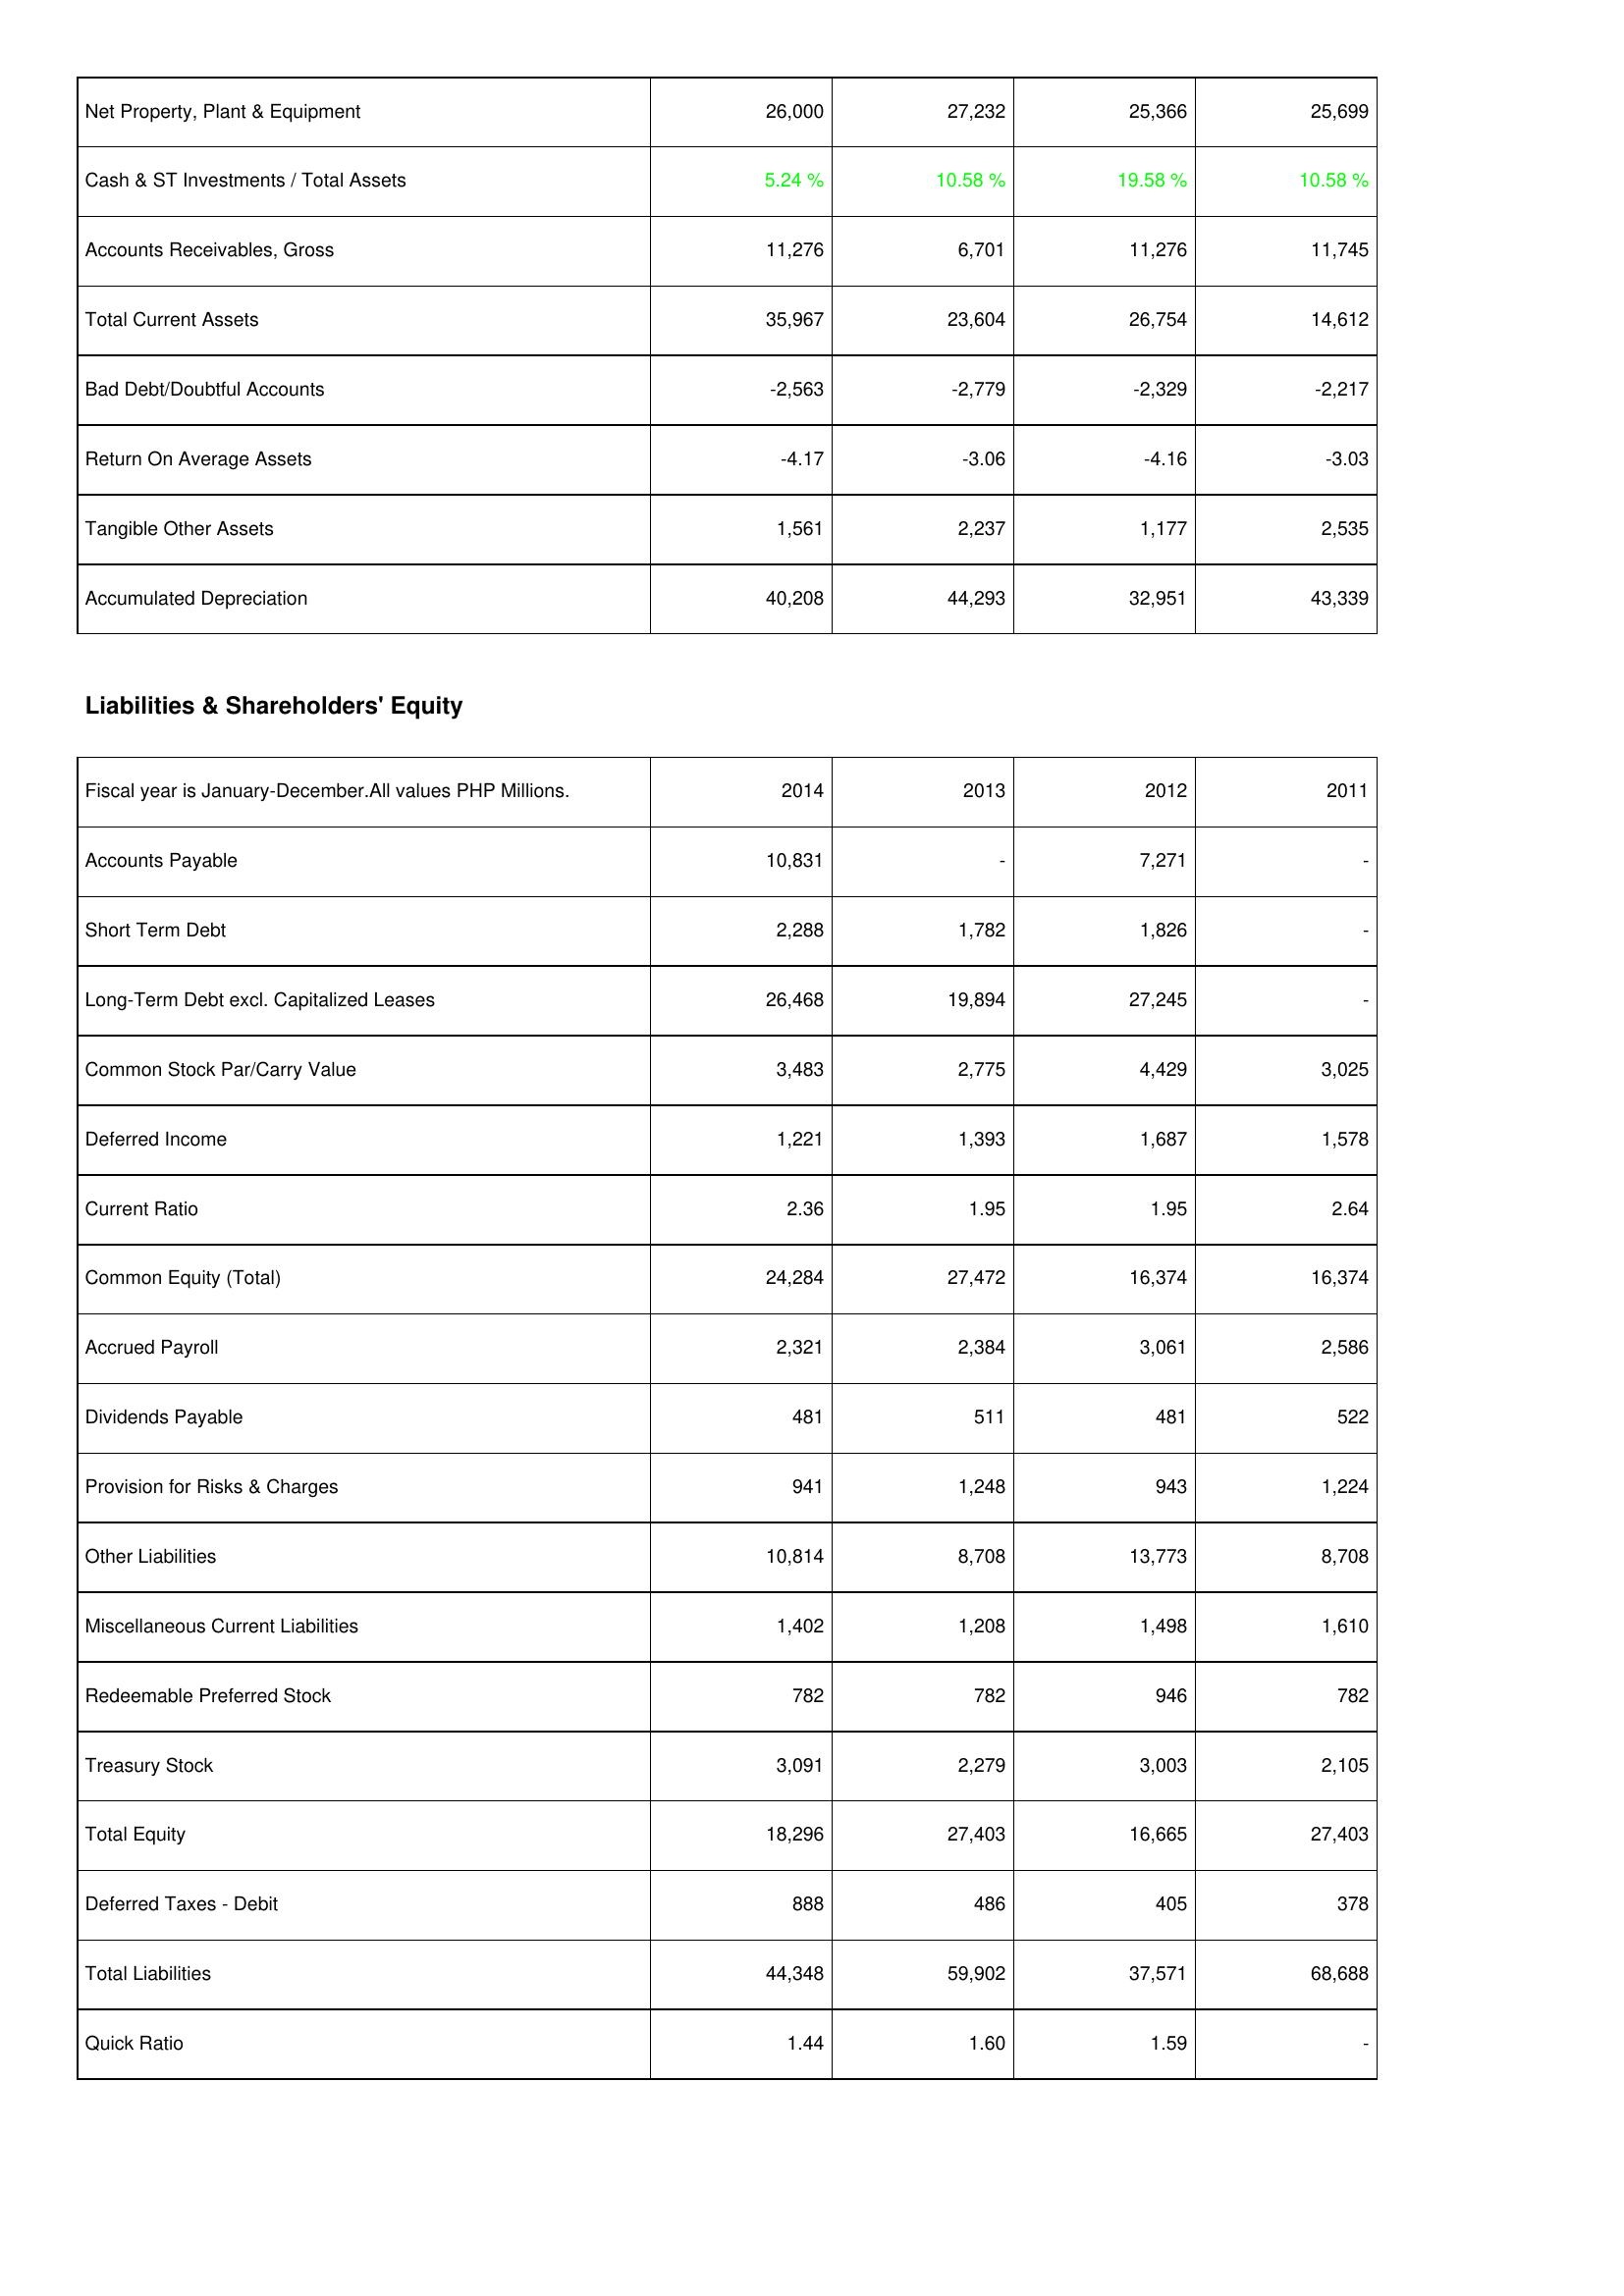
2014: Assets: Net Property, Plant & Equipment: 26,000
Cash & ST Investments / Total Assets: 5.24 %
Accounts Receivables, Gross: 11,276
Total Current Assets: 35,967
Bad Debt/Doubtful Accounts: -2,563
Return On Average Assets: -4.17
Tangible Other Assets: 1,561
Accumulated Depreciation: 40,208
Liabilities & Shareholders' Equity: Accounts Payable: 10,831
Short Term Debt: 2,288
Long-Term Debt excl. Capitalized Leases: 26,468
Common Stock Par/Carry Value: 3,483
Deferred Income: 1,221
Current Ratio: 2.36
Common Equity (Total): 24,284
Accrued Payroll: 2,321
Dividends Payable: 481
Provision for Risks & Charges: 941
Other Liabilities: 10,814
Miscellaneous Current Liabilities: 1,402
Redeemable Preferred Stock: 782
Treasury Stock: 3,091
Total Equity: 18,296
Deferred Taxes - Debit: 888
Total Liabilities: 44,348
Quick Ratio: 1.44
2013: Assets: Net Property, Plant & Equipment: 27,232
Cash & ST Investments / Total Assets: 10.58 %
Accounts Receivables, Gross: 6,701
Total Current Assets: 23,604
Bad Debt/Doubtful Accounts: -2,779
Return On Average Assets: -3.06
Tangible Other Assets: 2,237
Accumulated Depreciation: 44,293
Liabilities & Shareholders' Equity: Accounts Payable: -
Short Term Debt: 1,782
Long-Term Debt excl. Capitalized Leases: 19,894
Common Stock Par/Carry Value: 2,775
Deferred Income: 1,393
Current Ratio: 1.95
Common Equity (Total): 27,472
Accrued Payroll: 2,384
Dividends Payable: 511
Provision for Risks & Charges: 1,248
Other Liabilities: 8,708
Miscellaneous Current Liabilities: 1,208
Redeemable Preferred Stock: 782
Treasury Stock: 2,279
Total Equity: 27,403
Deferred Taxes - Debit: 486
Total Liabilities: 59,902
Quick Ratio: 1.60
2012: Assets: Net Property, Plant & Equipment: 25,366
Cash & ST Investments / Total Assets: 19.58 %
Accounts Receivables, Gross: 11,276
Total Current Assets: 26,754
Bad Debt/Doubtful Accounts: -2,329
Return On Average Assets: -4.16
Tangible Other Assets: 1,177
Accumulated Depreciation: 32,951
Liabilities & Shareholders' Equity: Accounts Payable: 7,271
Short Term Debt: 1,826
Long-Term Debt excl. Capitalized Leases: 27,245
Common Stock Par/Carry Value: 4,429
Deferred Income: 1,687
Current Ratio: 1.95
Common Equity (Total): 16,374
Accrued Payroll: 3,061
Dividends Payable: 481
Provision for Risks & Charges: 943
Other Liabilities: 13,773
Miscellaneous Current Liabilities: 1,498
Redeemable Preferred Stock: 946
Treasury Stock: 3,003
Total Equity: 16,665
Deferred Taxes - Debit: 405
Total Liabilities: 37,571
Quick Ratio: 1.59
2011: Assets: Net Property, Plant & Equipment: 25,699
Cash & ST Investments / Total Assets: 10.58 %
Accounts Receivables, Gross: 11,745
Total Current Assets: 14,612
Bad Debt/Doubtful Accounts: -2,217
Return On Average Assets: -3.03
Tangible Other Assets: 2,535
Accumulated Depreciation: 43,339
Liabilities & Shareholders' Equity: Accounts Payable: -
Short Term Debt: -
Long-Term Debt excl. Capitalized Leases: -
Common Stock Par/Carry Value: 3,025
Deferred Income: 1,578
Current Ratio: 2.64
Common Equity (Total): 16,374
Accrued Payroll: 2,586
Dividends Payable: 522
Provision for Risks & Charges: 1,224
Other Liabilities: 8,708
Miscellaneous Current Liabilities: 1,610
Redeemable Preferred Stock: 782
Treasury Stock: 2,105
Total Equity: 27,403
Deferred Taxes - Debit: 378
Total Liabilities: 68,688
Quick Ratio: -